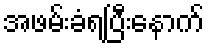
အဖမ်းခံရပြီးနောက်